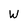
Character: W